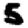
Digit: 5